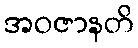
အဝဇာနတိ